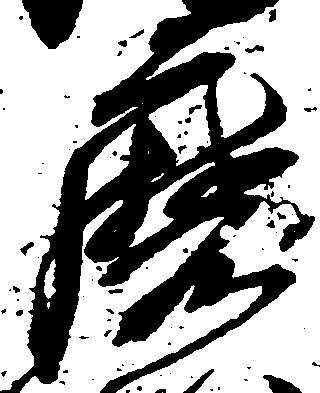
磨